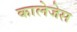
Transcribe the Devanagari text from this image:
कालेजेस